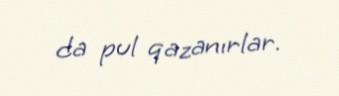
da pul qazanırlar.